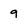
Character: 9